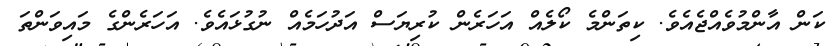
ކަން އާންމުވެއްޖެއެވެ. ކިތަންމެ ކޯލެއް އަހަރެން ކުރިޔަސް އަދުހަމެއް ނުގުޅައެވެ. އަހަރެންގެ މައިވަންތަ